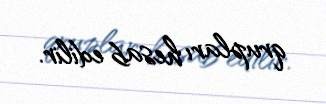
qrupları hesab edilir.